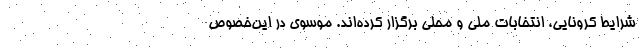
شرایط کرونایی، انتخابات ملی و محلی برگزار کرده‌اند. موسوی در این‌خصوص